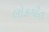
લોકગીત